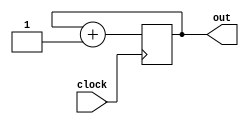
module counter(clock, out);

input clock;
output reg [8:0] out = 0;

always @(posedge clock)
begin
	out <= out + 1;
end

endmodule